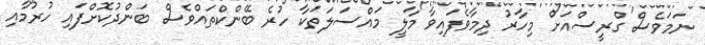
ނަމަވެސް ގްރީސްއަށް މިހާރު ދިމާވެފައިވާ މާލީ މައްސަލަތަކާ ހުރެ ބޭންކްތައްވެސް ބަންދުކޮށްފައި ހުރުމާއި